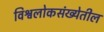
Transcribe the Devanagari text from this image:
विश्वलोकसंख्येतील